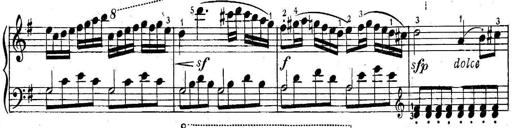
Title: 6 Easy Sonatinas
Composer: Carl Czerny